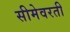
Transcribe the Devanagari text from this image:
सीमेवरती